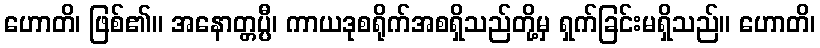
ဟောတိ၊ ဖြစ်၏။ အနောတ္တပ္ပီ၊ ကာယဒုစရိုက်အစရှိသည်တို့မှ ရှက်ခြင်းမရှိသည်။ ဟောတိ၊